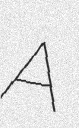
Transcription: A